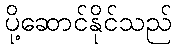
ပို့ဆောင်နိုင်သည်